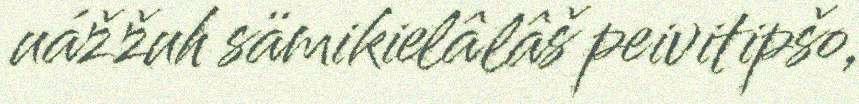
uážžuh sämikielâlâš peivitipšo,